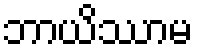
ဘာယိဿာမ